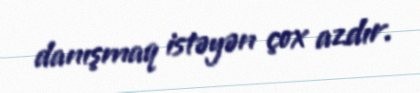
danışmaq istəyən çox azdır.